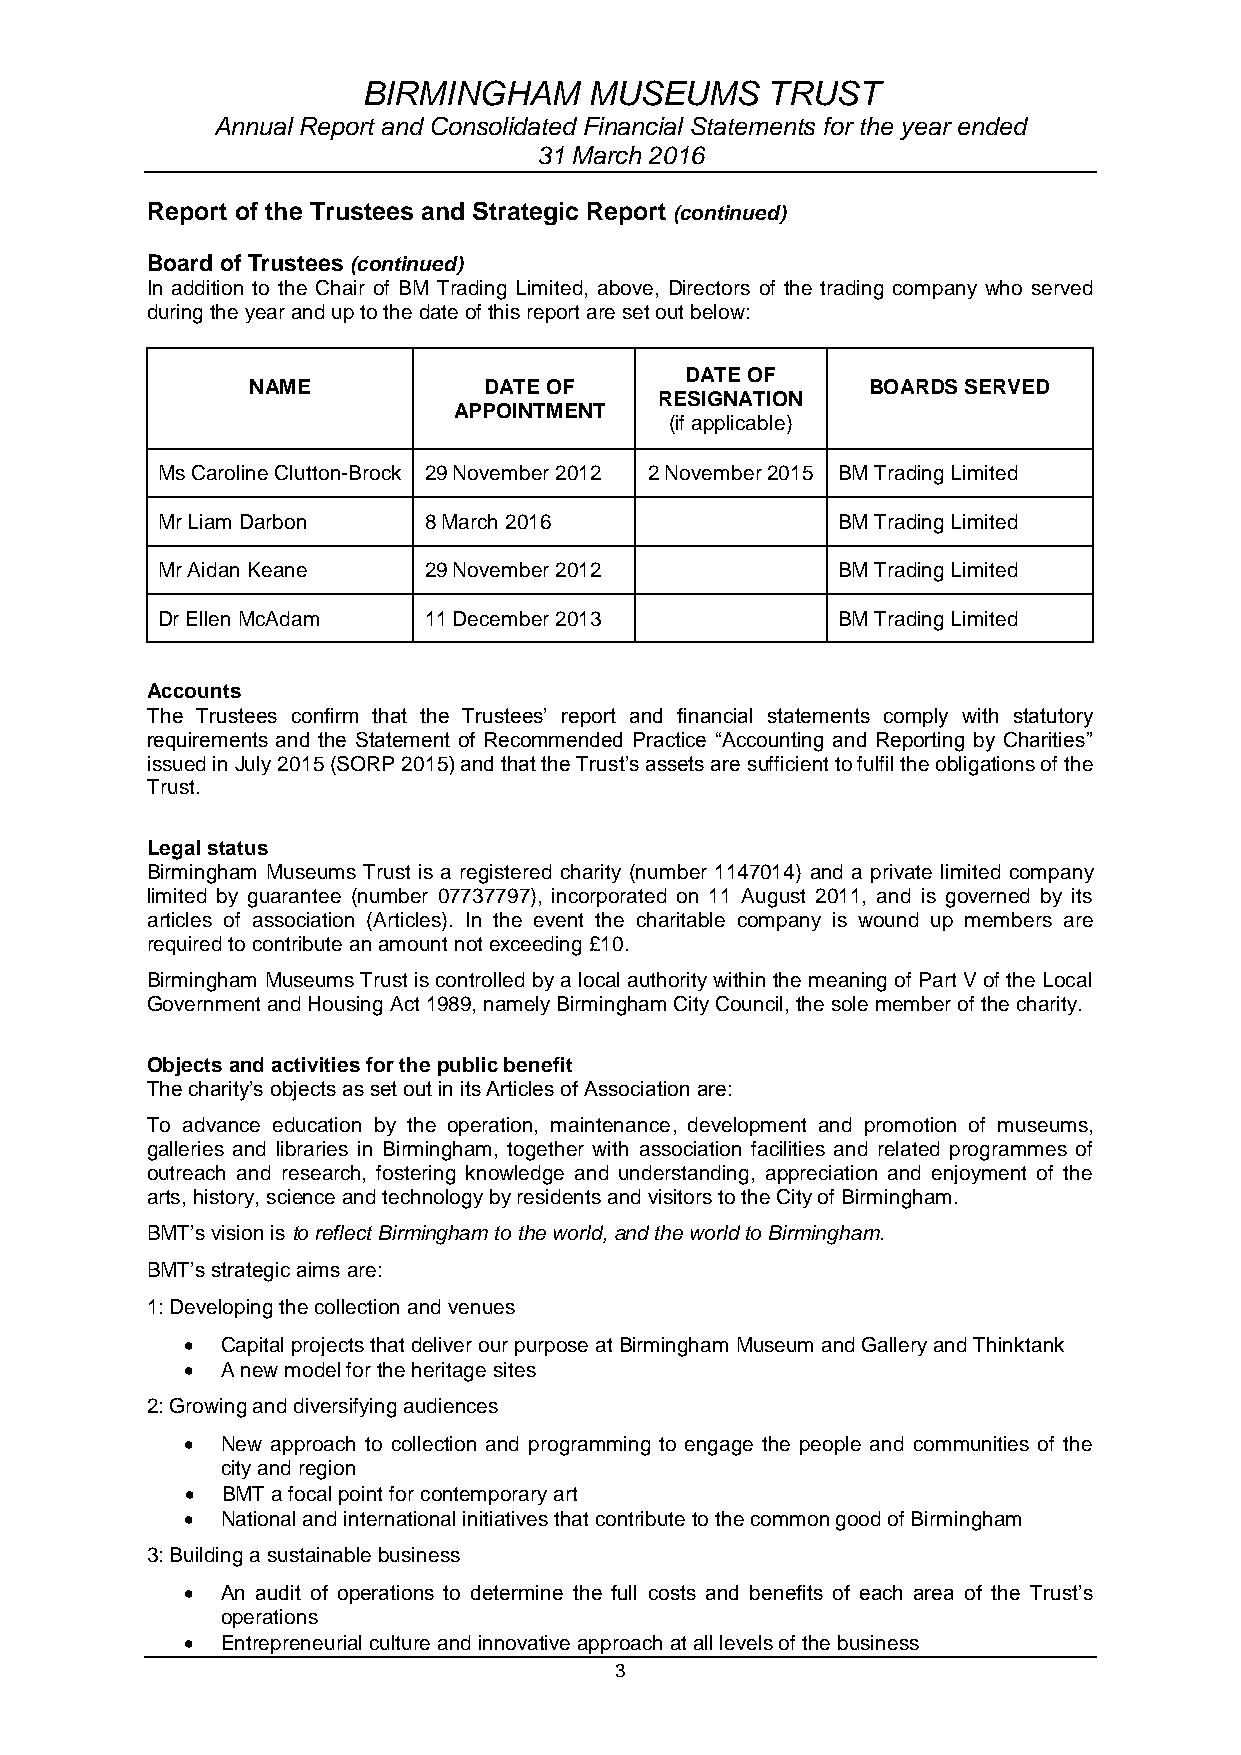
BIRMINGHAM     MUSEUMS     TRUST
 Annual Report and Consolidated Financial Statements for the year ended
 31 March 2016
 Report of the Trustees and Strategic Report (continued)
 Board of Trustees (continued)
 In addition to the Chair of BM Trading Limited, above, Directors of the trading company who served
 during the year and up to the date of this report are set out below:
 DATE OF
 NAME           DATE OF                  BOARDS SERVED
 RESIGNATION
 APPOINTMENT
 (if applicable)
 Ms Caroline Clutton-Brock 29 November 2012 2 November 2015 BM Trading Limited
 Mr Liam Darbon    8 March 2016               BM Trading Limited
 Mr Aidan Keane    29 November 2012           BM Trading Limited
 Dr Ellen McAdam   11 December 2013           BM Trading Limited
 Accounts
 The Trustees confirm that the Trustees’ report and financial statements comply with statutory
 requirements and the Statement of Recommended Practice “Accounting and Reporting by Charities”
 issued in July 2015 (SORP 2015) and that the Trust’s assets are sufficient to fulfil the obligations of the
 Trust.
 Legal status
 Birmingham Museums Trust is a registered charity (number 1147014) and a private limited company
 limited by guarantee (number 07737797), incorporated on 11 August 2011, and is governed by its
 articles of association (Articles). In the event the charitable company is wound up members are
 required to contribute an amount not exceeding £10.
 Birmingham Museums Trust is controlled by a local authority within the meaning of Part V of the Local
 Government and Housing Act 1989, namely Birmingham City Council, the sole member of the charity.
 Objects and activities for the public benefit
 The charity’s objects as set out in its Articles of Association are:
 To advance education by the operation, maintenance, development and promotion of museums,
 galleries and libraries in Birmingham, together with association facilities and related programmes of
 outreach and research, fostering knowledge and understanding, appreciation and enjoyment of the
 arts, history, science and technology by residents and visitors to the City of Birmingham.
 BMT’s vision is to reflect Birmingham to the world, and the world to Birmingham.
 BMT’s strategic aims are:
 1: Developing the collection and venues
   Capital projects that deliver our purpose at Birmingham Museum and Gallery and Thinktank
   A new model for the heritage sites
 2: Growing and diversifying audiences
   New approach to collection and programming to engage the people and communities of the
 city and region
   BMT a focal point for contemporary art
   National and international initiatives that contribute to the common good of Birmingham
 3: Building a sustainable business
   An audit of operations to determine the full costs and benefits of each area of the Trust’s
 operations
   Entrepreneurial culture and innovative approach at all levels of the business
 3